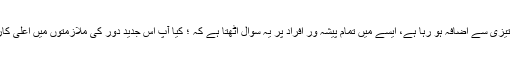
پوری دنیامیں ڈیجیٹل ٹیکنالوجی کے استعمال میں تیزی سے اضافہ ہو رہا ہے، ایسے میں تمام پیشہ ور افراد پر یہ سوال اٹھتا ہے کہ ؛ کیا آپ اس جدید دور کی ملازمتوں میں اعلیٰ کارکردگی دکھانے کی صلاحیت پیدا کر چکے ہیں؟